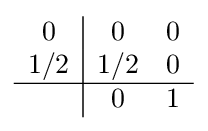
{\begin{array}{c|cc}0&0&0\\1/2&1/2&0\\\hline &0&1\\\end{array}}